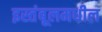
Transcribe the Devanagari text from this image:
इस्तंबूलमधील